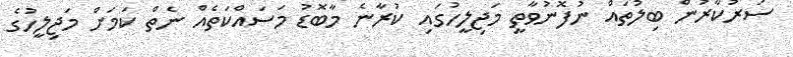
ސަރުކާރުން ބިލުތައް ނުފޮނުވާތީ މަޖިލީހުގައި ކުރާނެ މާބޮޑު މަސައްކަތެއް ނެތް ކަމަށް މަޖިލީހުގެ